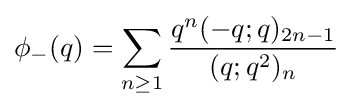
\phi _{-}(q)=\sum _{n\geq 1}{\frac {q^{n}(-q;q)_{2n-1}}{(q;q^{2})_{n}}}